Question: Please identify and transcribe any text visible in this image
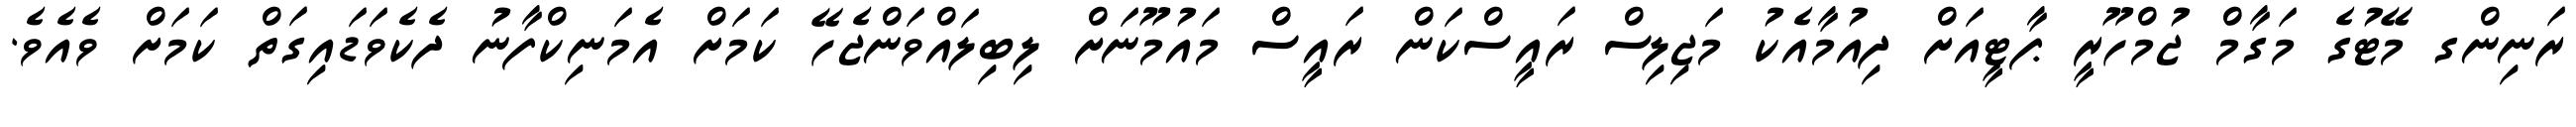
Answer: ރަނިންގ މޭޓުގެ މަގާމް ޖުމްހޫރީ ޕާޓީއަށް ދިއުމާއެކު މަޖިލިސް ރައީސްކަން ރައީސް މައުމޫނަށް ލިބިލައްވަންޖެހޭ ކަމަށް އެމަނިކްފާނު ދެކެވަޑައިގަތް ކަމަށް ވެއެވެ.